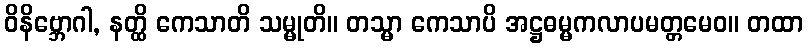
ဝိနိဗ္ဘောဂါ, နတ္ထိ ကေသာတိ သမ္မုတိ။ တသ္မာ ကေသာပိ အဋ္ဌဓမ္မကလာပမတ္တမေဝ။ တထာ